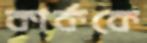
কার্ককে